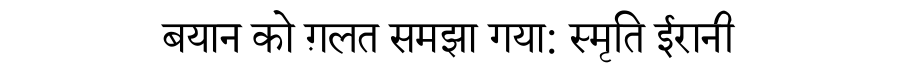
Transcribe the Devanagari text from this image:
बयान को ग़लत समझा गया: स्मृति ईरानी